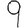
Digit: 9